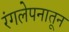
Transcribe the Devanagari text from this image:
रंगलेपनातून